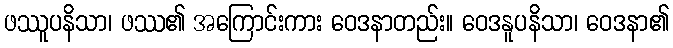
ဖဿူပနိသာ၊ ဖဿ၏ အကြောင်းကား ဝေဒနာတည်း။ ဝေဒနူပနိသာ၊ ဝေဒနာ၏